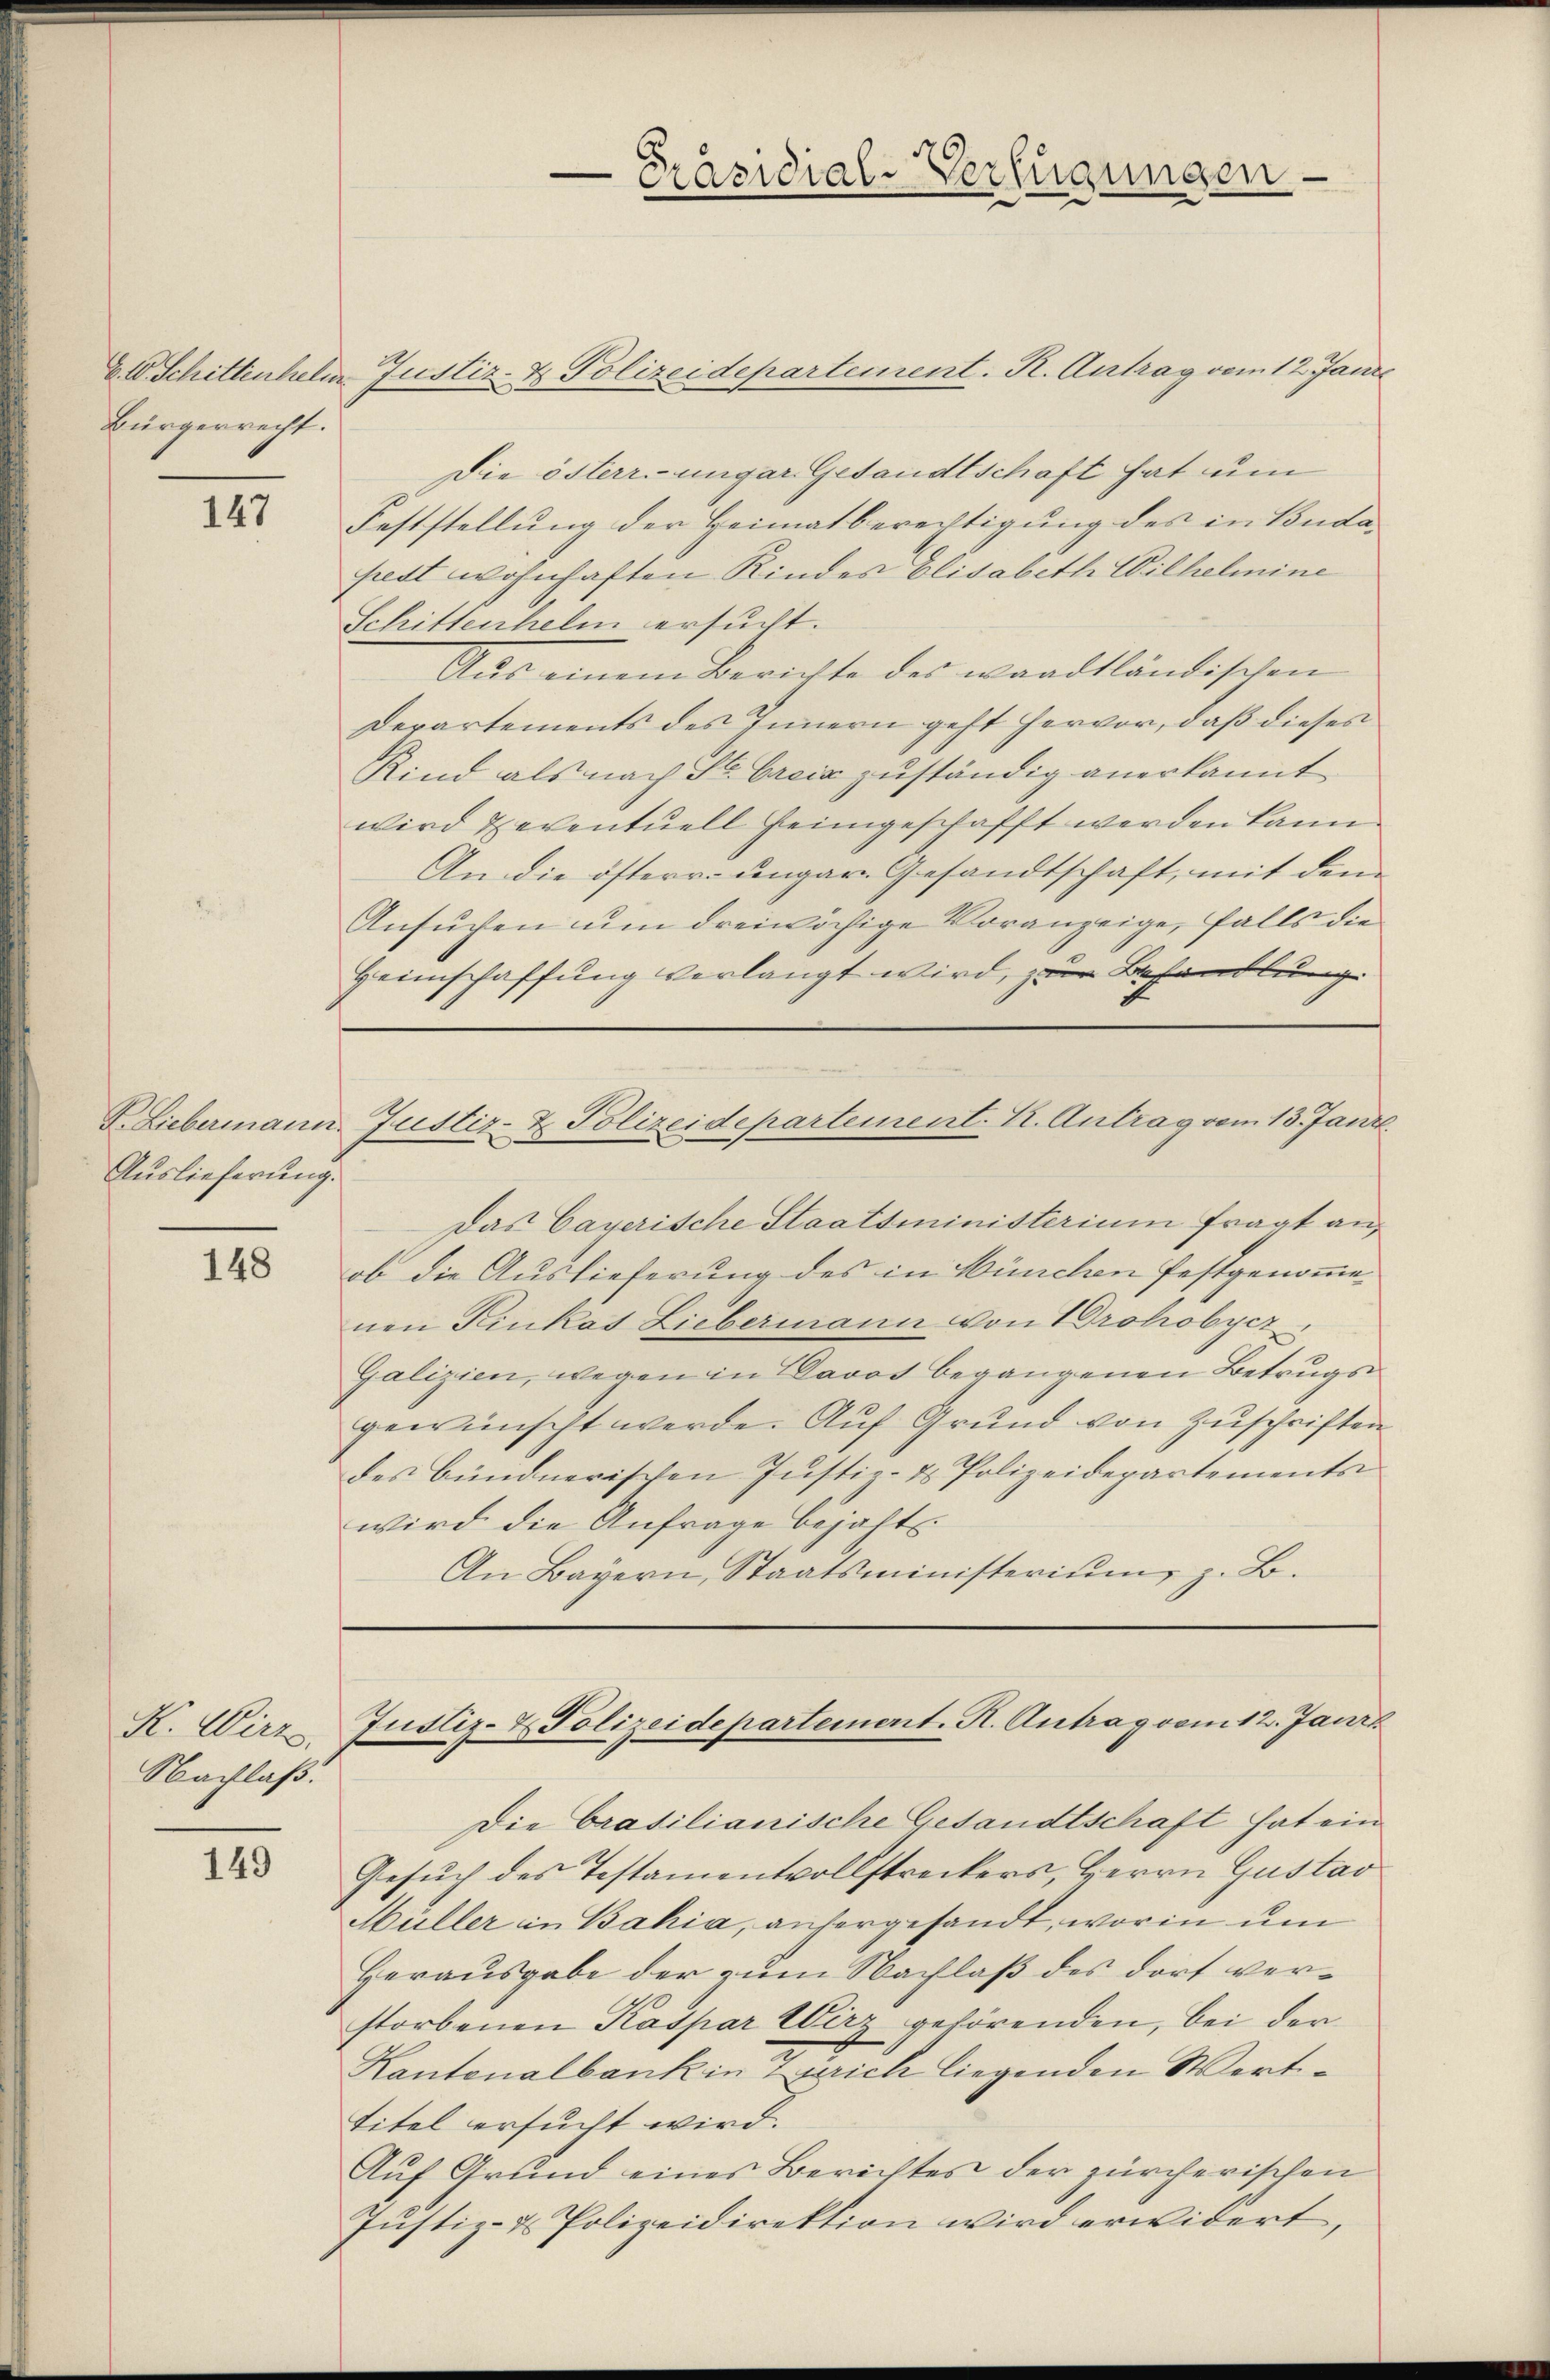
Bürgerrecht.

147

Auslieferung.

148

K. Wirz
Nachlaß.

149

Das Cayerische Staatsministerium fragt anob die Auslieferung des in Wünchen festgenommenen Kinkas Liebermann von rohobycz
Galizien, wegen in Davos begangenen Betrugs
gewünscht werde. Auf Grund von Zuschriften
des bündnerischen Justiz- & Polizeidepartements
wird die Anfrage bejaht.
An Bayern, Staatsministerium, z. B.

26 Schittenhelm Justiz- & Polizeidepartement. R. Antrag vom 12. Jani
Die österr.-ungar Gesandtschaft hat um
Feststellung der Heimatberechtigung des in Budapest wohnhaften Kindes Elisabeth Wilhelmine
Schittenhelm ersucht.
Aŭs einem Berichte des waadtländischen
Departements des Innern geht hervor, daß dieses
Kind als nach St. Creiz zuständig anerkannt
wird Zeventuell heimgeschafft werden kann.
An die österr. ungar Gesandtschaft, mit dem
Ansuchen um dreiwöchige Voranzeige, falls die
Heimschaffung verlangt wird, zur Behandlung
d

Präsidial-Verfügungen

V. Liebermann Justiz- & Polizeidepartement. K. Antrag vom 13. Janz

Justiz- & Polizeidepartement. R. Antrag vom 12. Jani

Die brasilianische Gesandtschaft hat ein
Gesuch des Testamentvollstreckers, Herrn Gustav
Hüller in Bahia, anhergesandt, worin um
Herausgabe der zum Nachlaß des dort verstorbenen Kaspar Wirz gehörenden, bei der
Kantonalbank in Zürich liegenden Werttitel ersucht wird.
Auf Grund eines Berichtes der zürcherischen
Justiz- & Polizeidirektion wird erwidert,